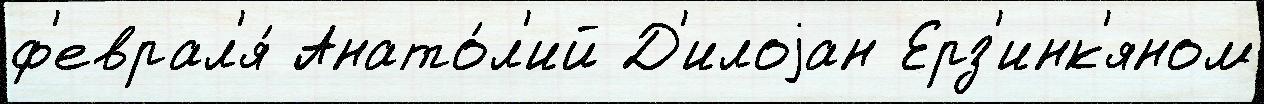
ф'еврал'я́ Анато́л'ий Д'илоjан Ерз'инк'яном